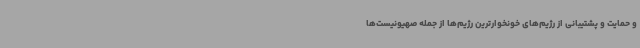
و حمایت و پشتیبانی از رژیم‌های خونخوارترین رژیم‌ها از جمله صهیونیست‌ها